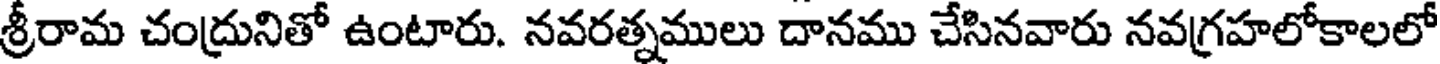
శ్రీరామ చంద్రునితో ఉంటారు. నవరత్నములు దానము చేసినవారు నవగ్రహలోకాలలో